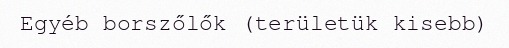
Egyéb borszőlők (területük kisebb)